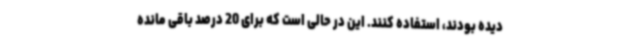
دیده بودند، استفاده کنند. این در حالی است که برای 20 درصد باقی مانده